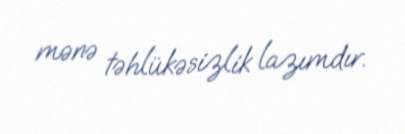
mənə təhlükəsizlik lazımdır.